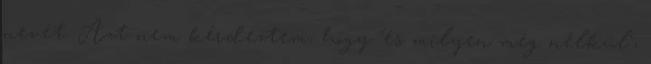
nevét. Azt nem kérdeztem, hogy "és milyen még nélkül",